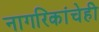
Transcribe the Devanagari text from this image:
नागरिकांचेही